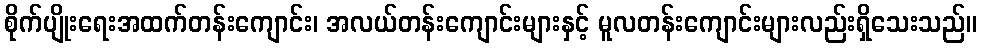
စိုက်ပျိုးရေးအထက်တန်းကျောင်း၊ အလယ်တန်းကျောင်းများနှင့် မူလတန်းကျောင်းများလည်းရှိသေးသည်။